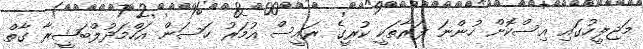
މަޖިލީހުގައި އިސްކޮށް ހުންނަ ފަރާތަކީ ކުރީގެ ރައީސް އުމަރު ހަސަން އަހްމަދުލްބަޝީރާ ގާތް